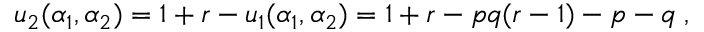
u _ { 2 } ( \alpha _ { 1 } , \alpha _ { 2 } ) = 1 + r - u _ { 1 } ( \alpha _ { 1 } , \alpha _ { 2 } ) = 1 + r - p q ( r - 1 ) - p - q \; ,